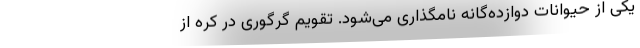
یکی از حیوانات دوازده‌گانه نامگذاری می‌شود. تقویم گرگوری در کره از